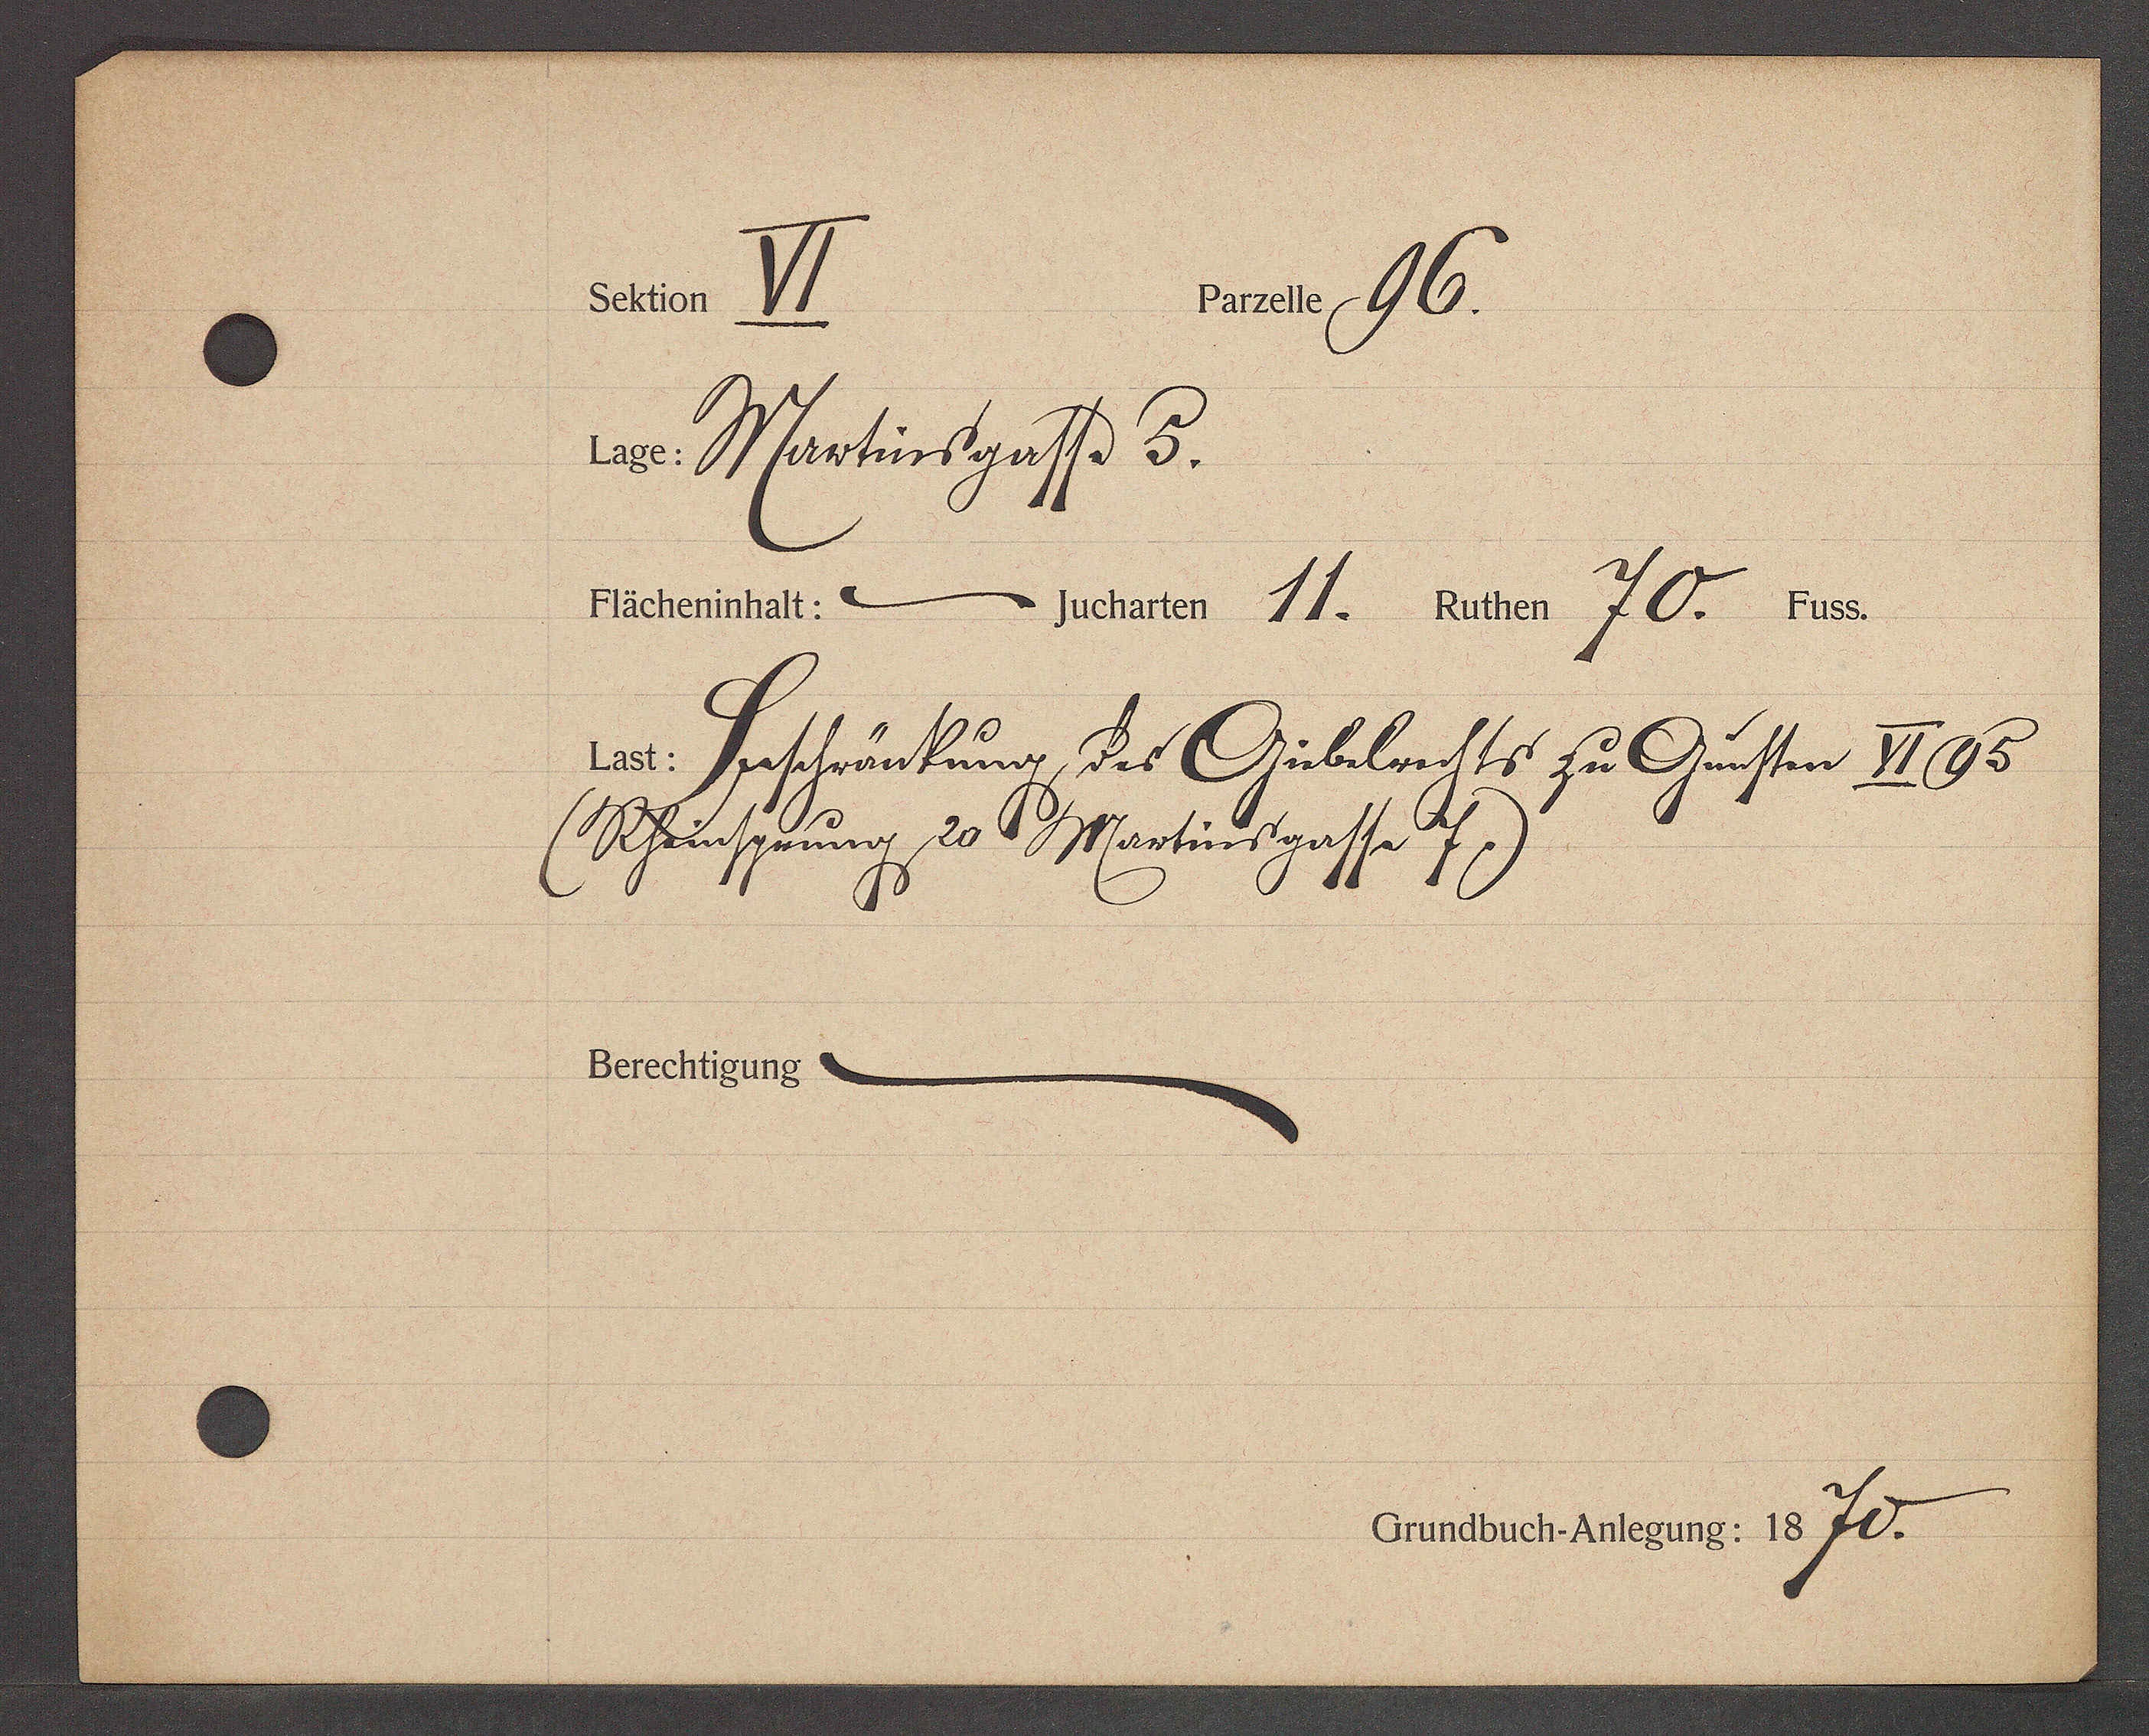
Transcript:
echtigu